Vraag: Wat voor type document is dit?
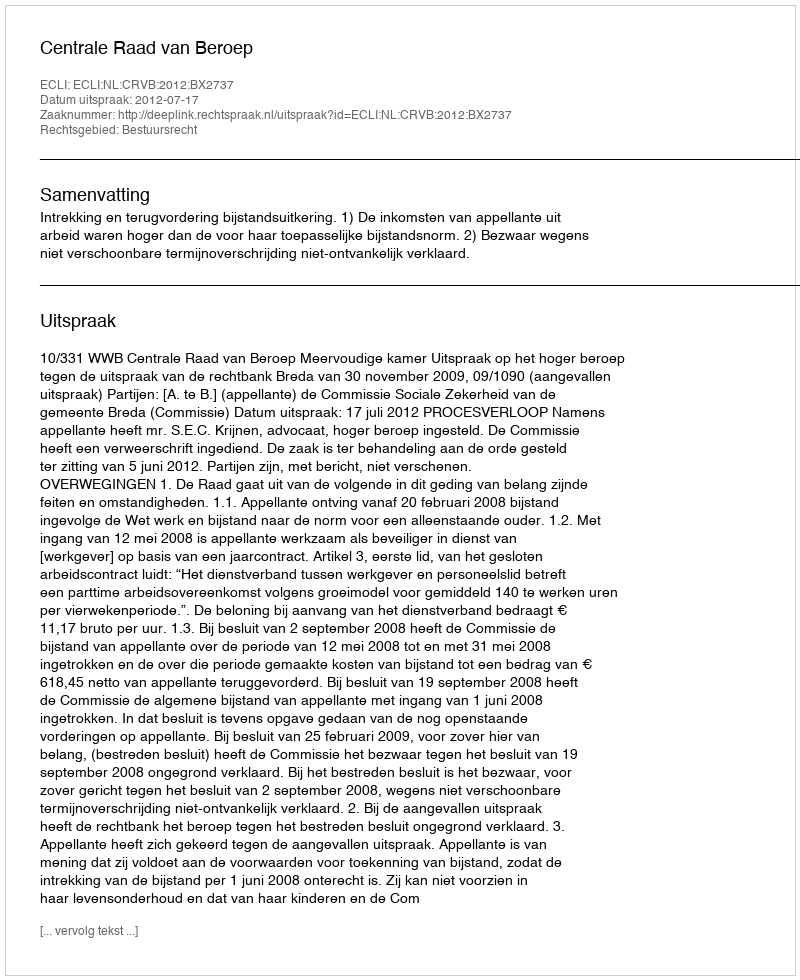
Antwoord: Uitspraak